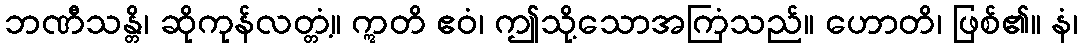
ဘဏီသန္တိ၊ ဆိုကုန်လတ္တံ့။ ဣတိ ဧဝံ၊ ဤသို့သောအကြံသည်။ ဟောတိ၊ ဖြစ်၏။ နံ၊